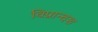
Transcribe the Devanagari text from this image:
विप्रान्दश